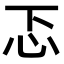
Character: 忑